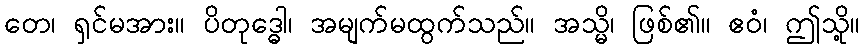
တေ၊ ရှင်မအား။ ပိတုဒ္ဓေါ၊ အမျက်မထွက်သည်။ အသ္မိ၊ ဖြစ်၏။ ဧဝံ၊ ဤသို့။